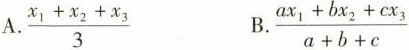
A. $$\frac{x _ { 1 } + x _ { 2 } + x _ { 3 }} { 3 }$$ B. $$\frac{a x _{ 1} + b x _ { 2 } + c x _{ 3 } {a + b + c}$$